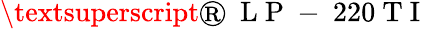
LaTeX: \textsuperscript{\textregistered}~\mathrm{~L~P~-~}220\mathrm{~T~I~}